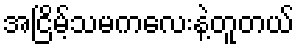
အငြိမ့်သမကလေးနဲ့တူတယ်